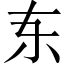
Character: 𫠣